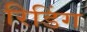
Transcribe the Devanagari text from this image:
रिडिंग